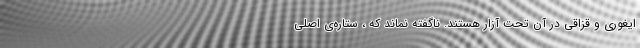
ایغوری و قزاقی در آن تحت آزار هستند. ناگفته نماند که ، ستاره‌ی اصلی